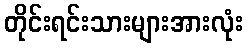
တိုင်းရင်းသားများအားလုံး